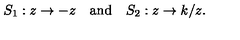
S _ { 1 } : z \to - z \quad \mathrm { a n d } \quad S _ { 2 } : z \to k / z .